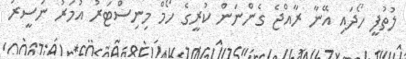
ލުތުފީ ހޯދައި އޭނާ ރާއްޖެ ގެންނަން ކުރީގެ ހޯމް މިނިސްޓަރު އުމަރު ނަސީރު